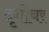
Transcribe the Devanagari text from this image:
दृगोचर